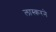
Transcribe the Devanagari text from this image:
लास्करने